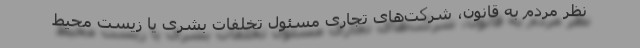
نظر مردم به قانون، شرکت‌های تجاری مسئول تخلفات بشری یا زیست محیط